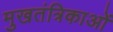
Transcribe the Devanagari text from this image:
मुखतंत्रिकाओं